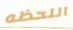
اللحظه